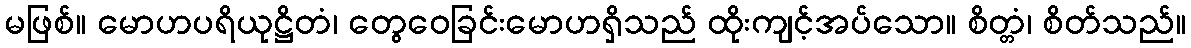
မဖြစ်။ မောဟပရိယုဋ္ဌိတံ၊ တွေဝေခြင်းမောဟရှိသည် ထိုးကျင့်အပ်သော။ စိတ္တံ၊ စိတ်သည်။